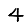
Digit: 4